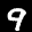
Label: 9